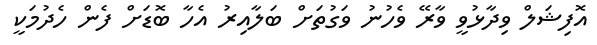
އޮފިޝަލް ވިދާޅުވީ ވާރޭ ވެހުނު ވަގުތަށް ބަލާއިރު އެހާ ބޮޑަށް ފެން ހެދުމަކީ